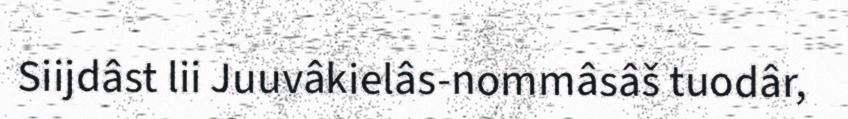
Siijdâst lii Juuvâkielâs-nommâsâš tuodâr,